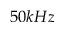
5 0 k H z